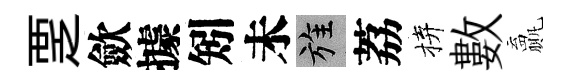
覂歛據矧未旌荔拚數贏